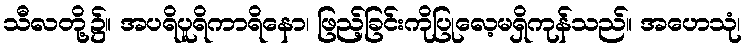
သီလတို့၌။ အပရိပူရိကာရိနော၊ ဖြည့်ခြင်းကိုပြုလေ့မရှိကုန်သည်။ အဟေသုံ၊